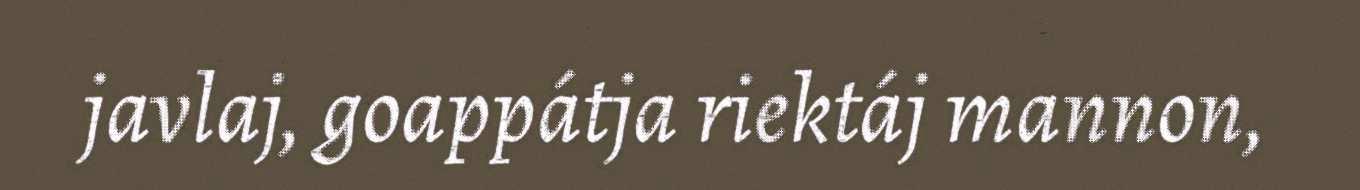
javlaj, goappátja riektáj mannon,